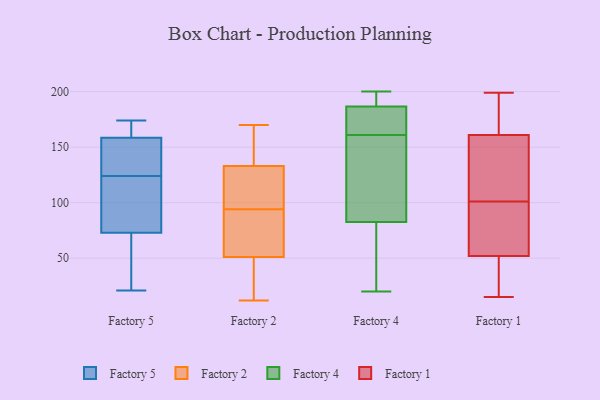
{"axis": {"x": "Page Views", "y": "Value"}, "legend": ["Factory 1", "Factory 2", "Factory 4", "Factory 5"], "data": [{"x": "", "y": 82, "type": "Factory 5"}, {"x": "", "y": 173, "type": "Factory 5"}, {"x": "", "y": 135, "type": "Factory 5"}, {"x": "", "y": 70, "type": "Factory 5"}, {"x": "", "y": 159, "type": "Factory 5"}, {"x": "", "y": 21, "type": "Factory 5"}, {"x": "", "y": 157, "type": "Factory 5"}, {"x": "", "y": 96, "type": "Factory 5"}, {"x": "", "y": 124, "type": "Factory 5"}, {"x": "", "y": 174, "type": "Factory 5"}, {"x": "", "y": 49, "type": "Factory 5"}, {"x": "", "y": 20, "type": "Factory 2"}, {"x": "", "y": 162, "type": "Factory 2"}, {"x": "", "y": 86, "type": "Factory 2"}, {"x": "", "y": 161, "type": "Factory 2"}, {"x": "", "y": 15, "type": "Factory 2"}, {"x": "", "y": 51, "type": "Factory 2"}, {"x": "", "y": 82, "type": "Factory 2"}, {"x": "", "y": 109, "type": "Factory 2"}, {"x": "", "y": 133, "type": "Factory 2"}, {"x": "", "y": 102, "type": "Factory 2"}, {"x": "", "y": 170, "type": "Factory 2"}, {"x": "", "y": 73, "type": "Factory 2"}, {"x": "", "y": 120, "type": "Factory 2"}, {"x": "", "y": 12, "type": "Factory 2"}, {"x": "", "y": 200, "type": "Factory 4"}, {"x": "", "y": 190, "type": "Factory 4"}, {"x": "", "y": 86, "type": "Factory 4"}, {"x": "", "y": 130, "type": "Factory 4"}, {"x": "", "y": 164, "type": "Factory 4"}, {"x": "", "y": 112, "type": "Factory 4"}, {"x": "", "y": 184, "type": "Factory 4"}, {"x": "", "y": 79, "type": "Factory 4"}, {"x": "", "y": 66, "type": "Factory 4"}, {"x": "", "y": 113, "type": "Factory 4"}, {"x": "", "y": 178, "type": "Factory 4"}, {"x": "", "y": 176, "type": "Factory 4"}, {"x": "", "y": 76, "type": "Factory 4"}, {"x": "", "y": 158, "type": "Factory 4"}, {"x": "", "y": 20, "type": "Factory 4"}, {"x": "", "y": 189, "type": "Factory 4"}, {"x": "", "y": 167, "type": "Factory 4"}, {"x": "", "y": 191, "type": "Factory 4"}, {"x": "", "y": 196, "type": "Factory 4"}, {"x": "", "y": 64, "type": "Factory 4"}, {"x": "", "y": 31, "type": "Factory 1"}, {"x": "", "y": 98, "type": "Factory 1"}, {"x": "", "y": 92, "type": "Factory 1"}, {"x": "", "y": 166, "type": "Factory 1"}, {"x": "", "y": 199, "type": "Factory 1"}, {"x": "", "y": 35, "type": "Factory 1"}, {"x": "", "y": 15, "type": "Factory 1"}, {"x": "", "y": 52, "type": "Factory 1"}, {"x": "", "y": 161, "type": "Factory 1"}, {"x": "", "y": 169, "type": "Factory 1"}, {"x": "", "y": 115, "type": "Factory 1"}, {"x": "", "y": 86, "type": "Factory 1"}, {"x": "", "y": 113, "type": "Factory 1"}, {"x": "", "y": 60, "type": "Factory 1"}, {"x": "", "y": 162, "type": "Factory 1"}, {"x": "", "y": 123, "type": "Factory 1"}, {"x": "", "y": 21, "type": "Factory 1"}, {"x": "", "y": 104, "type": "Factory 1"}]}